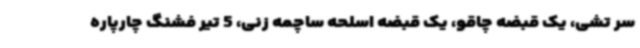
سر تشی، یک قبضه چاقو، یک قبضه اسلحه ساچمه زنی، 5 تیر فشنگ چارپاره